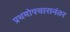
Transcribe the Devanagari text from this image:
प्रथमोपचारानंतर